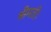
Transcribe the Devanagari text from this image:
श्रीमती।